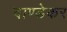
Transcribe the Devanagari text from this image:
दाण्डेकर